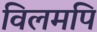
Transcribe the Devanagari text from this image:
विलमपि